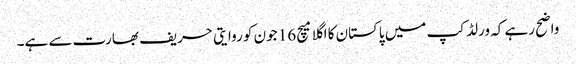
واضح رہے کہ ورلڈ کپ میں پاکستان کا اگلا میچ 16 جون کو روایتی حریف بھارت سے ہے۔